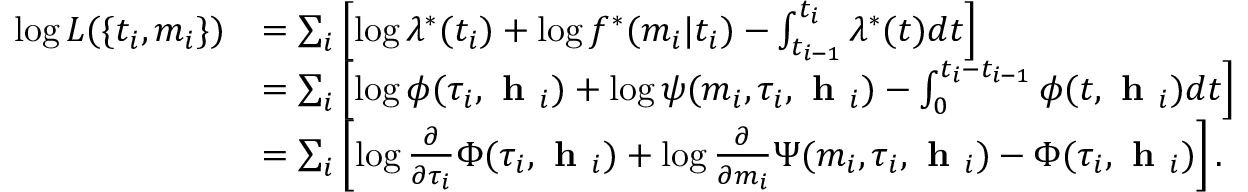
\begin{array} { r l } { \log L ( \{ t _ { i } , m _ { i } \} ) } & { = \sum _ { i } \left[ \log \lambda ^ { * } ( t _ { i } ) + \log f ^ { * } ( m _ { i } | t _ { i } ) - \int _ { t _ { i - 1 } } ^ { t _ { i } } \lambda ^ { * } ( t ) d t \right] } \\ & { = \sum _ { i } \left[ \log \phi ( \tau _ { i } , \textbf { h } _ { i } ) + \log \psi ( m _ { i } , \tau _ { i } , \textbf { h } _ { i } ) - \int _ { 0 } ^ { t _ { i } - t _ { i - 1 } } \phi ( t , \textbf { h } _ { i } ) d t \right] } \\ & { = \sum _ { i } \left[ \log \frac { \partial } { \partial \tau _ { i } } \Phi ( \tau _ { i } , \textbf { h } _ { i } ) + \log \frac { \partial } { \partial m _ { i } } \Psi ( m _ { i } , \tau _ { i } , \textbf { h } _ { i } ) - \Phi ( \tau _ { i } , \textbf { h } _ { i } ) \right] . } \end{array}